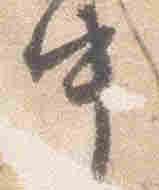
中